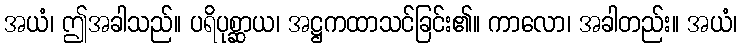
အယံ၊ ဤအခါသည်။ ပရိပုစ္ဆာယ၊ အဋ္ဌကထာသင်ခြင်း၏။ ကာလော၊ အခါတည်း။ အယံ၊